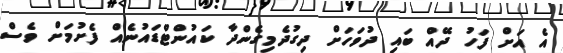
އެ އަށް ފަހު ދޭއް ބައި ދުވަހަށް ދިގުދެމިގެންދާ ކައުންޓްޑައުނެއް ފެށުމަށް ވެސް